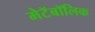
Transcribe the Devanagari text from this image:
मेटॅबॉलिक